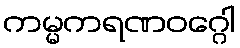
ကမ္မကရဏဝဂ္ဂေါ